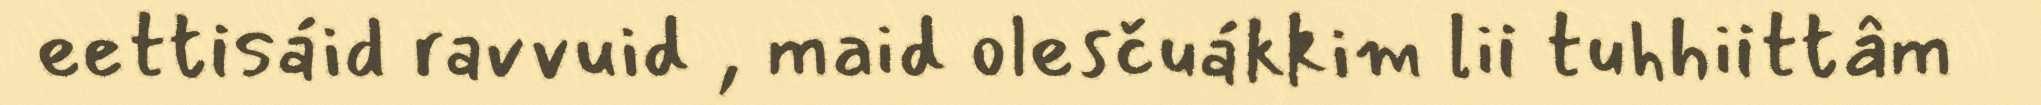
eettisáid ravvuid , maid olesčuákkim lii tuhhiittâm